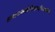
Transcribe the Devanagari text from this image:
तत्स्थानाच्छनकैर्नीत्वाकदाचिज्जाह्नवीजले